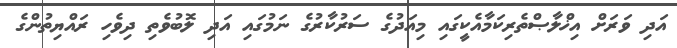
އަދި ވަރަށް އިޚްލާޞްތެރިކަމާއެކީގައި މިއަދުގެ ސަރުކާރުގެ ނަމުގައި އަދި ލޮބުވެތި ދިވެހި ރައްޔިތުންގެ